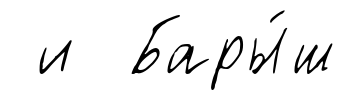
и Бары́ш